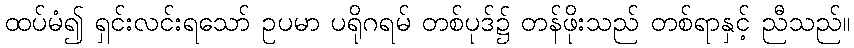
ထပ်မံ၍ ရှင်းလင်းရသော် ဥပမာ ပရိုဂရမ် တစ်ပုဒ်၌ တန်ဖိုးသည် တစ်ရာနှင့် ညီသည်။